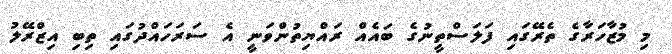
މި މުޒާހަރާގެ ތެރޭގައި ފަލަސްތީނުގެ ބައެއް ރައްޔިތުންވަނީ އެ ސަރަހައްދުގައި ތިބި އިޒްރޭލު